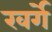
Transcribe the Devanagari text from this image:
खर्गे